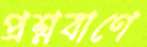
প্রশ্নবাণে